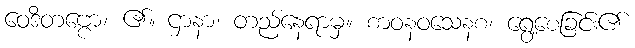
ဝေဒိတဗ္ဗော၊ ၏။ ဌာနာ၊ တည်နေရာမှ။ စာဝနဝသေနစ၊ ရွေ့စေခြင်း၏